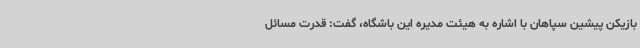
بازیکن پیشین سپاهان با اشاره به هیئت مدیره این باشگاه، گفت: قدرت مسائل